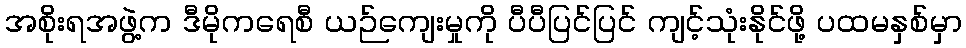
အစိုးရအဖွဲ့က ဒီမိုကရေစီ ယဉ်ကျေးမှုကို ပီပီပြင်ပြင် ကျင့်သုံးနိုင်ဖို့ ပထမနှစ်မှာ